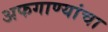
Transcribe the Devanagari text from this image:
अफगाण्यांचा